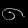
Digit: ၈